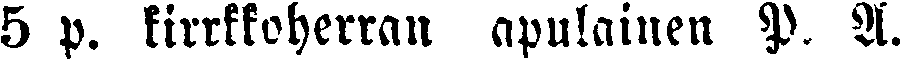
5 p. kirrkkoherran apulainen P. A.